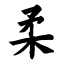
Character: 柔